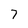
Character: 7